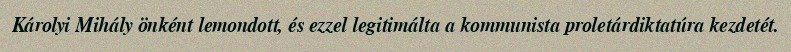
Károlyi Mihály önként lemondott, és ezzel legitimálta a kommunista proletárdiktatúra kezdetét.